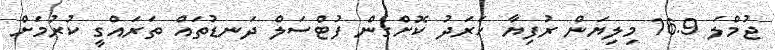
ޖުމްލަ 16.9 މިލިޔަން ރުފިޔާ ހަރަދު ކޮށްގެން ފުޓްސަލް ދަނޑުތައް ތަރައްގީ ކުރުމަށް